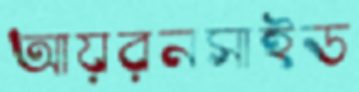
আয়রনসাইড